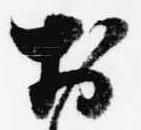
於